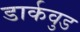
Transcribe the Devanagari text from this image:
डार्कवुड